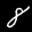
Label: 8